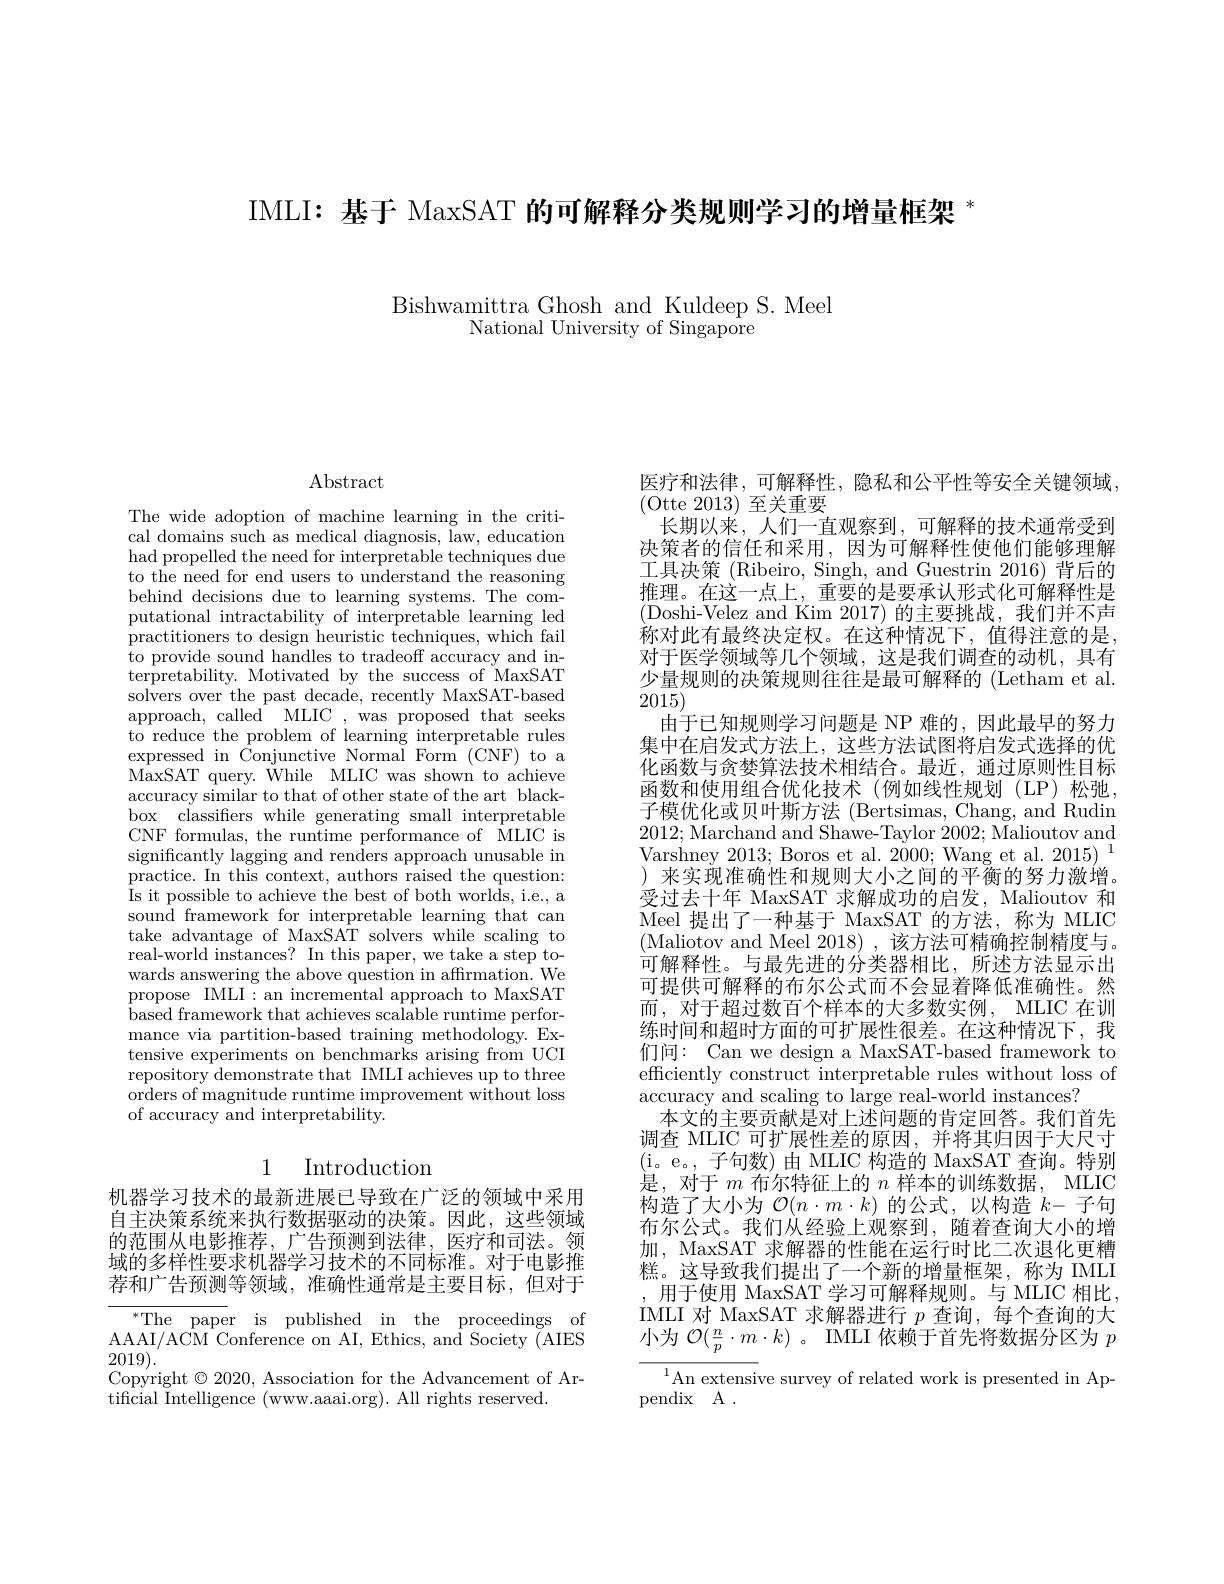
IMLI: 基于 MaxSAT 的可解释分类规则学习的增量框架$^{*}$

Bishwamittra Ghosh and Kuldeep S. Meel
National University of Singapore

## $\operatorname{Abstract}$

The wide adoption of machine learning in the critical domains such as medical diagnosis, law, education had propelled the need for interpretable techniques due to the need for end users to understand the reasoning behind decisions due to learning systems. The computational intractability of interpretable learning led practitioners to design heuristic techniques, which fail to provide sound handles to tradeoff accuracy and interpretability. Motivated by the success of MaxSAT solvers over the past decade, recently MaxSAT-based approach, called MLIC , was proposed that seeks to reduce the problem of learning interpretable rules expressed in Conjunctive Normal Form (CNF) to a MaxSAT query. While MLIC was shown to achieve $\hat{\text{accuracy similar to that of other state of the art black-}}$ box classifiers while generating small interpretable CNF formulas, the runtime performance of MLIC is significantly lagging and renders approach unusable in practice. In this context, authors raised the question: Is it possible to achieve the best of both worlds, i.e., a sound framework for interpretable learning that can take advantage of MaxSAT solvers while scaling to real-world instances? In this paper, we take a step towards answering the above question in affrmation. We propose IMLI:an incremental approach to MaxSAT $\bar{\text{based framework that achieves scalable runtime perfor-}}$ mance via partition-based training methodology. Extensive experiments on benchmarks arising from UCI repository demonstrate that IMLI achieves up to three orders of magnitude runtime improvement without loss of accuracy and interpretability.

## 1 Introduction

机器学习技术的最新进展已导致在广泛的领域中采用自主决策系统来执行数据驱动的决策。因此，这些领域的范围从电影推荐，广告预测到法律，医疗和司法。领域的多样性要求机器学习技术的不同标准。对于电影推荐和广告预测等领域，准确性通常是主要目标，但对于

${}^{* }{\mathrm{The}}$ ${\mathrm{paper}}$ ${\mathrm{is}}$ ${\mathrm{published}}$ ${\mathrm{in}}$ ${\mathrm{the}}$ ${\mathrm{proceedings}}$ ${\mathrm{of}}$ AAAI/ACM Conference on AI, Ethics, and Society (AIES 2019).
Copyright $\odot2020$, Association for the Advancement of Ar-
tificial Intelligence (www.aaai.org). All rights reserved.

医疗和法律，可解释性，隐私和公平性等安全关键领域，
(Otte 2013)至关重要
长期以来，人们一直观察到，可解释的技术通常受到决策者的信任和采用，因为可解释性使他们能够理解工具决策 (Ribeiro, Singh, and Guestrin 2016) 背后的推理。在这一点上，重要的是要承认形式化可解释性是(Doshi-Velez and Kim 2017)的主要挑战，我们并不声称对此有最终决定权。在这种情况下，值得注意的是对于医学领域等几个领域，这是我们调查的动机，具有少量规则的决策规则往往是最可解释的 (Letham et al. 2015)
由于已知规则学习问题是 NP 难的，因此最早的努力集中在启发式方法上，这些方法试图将启发式选择的优化函数与贪婪算法技术相结合。最近，通过原则性目标函数和使用组合优化技术(例如线性规划(LP)松弛， 子模优化或贝叶斯方法 (Bertsimas, Chang, and Rudin 2012;Marchand and Shawe-Taylor 2002; Malioutov and Varshney 2013; Boros et al. 2000; Wang et al. 2015)$^{1}$ ) 来实现准确性和规则大小之间的平衡的努力激增。受过去十年 MaxSAT 求解成功的启发，Malioutov 和Meel 提出了一种基于 MaxSAT 的方法，称为 MLIC (Maliotov and Meel 2018),该方法可精确控制精度与。可解释性。与最先进的分类器相比，所述方法显示出可提供可解释的布尔公式而不会显着降低准确性。然而，对于超过数百个样本的大多数实例，MLIC 在训练时间和超时方面的可扩展性很差。在这种情况下，我们间：Can we design a MaxSAT-based framework to efficiently construct interpretable rules without loss of accuracy and scaling to large real-world instances?
本文的主要贡献是对上述问题的肯定回答。我们首先调查 MLIC 可扩展性差的原因，并将其归因于大尺寸(i。e。,子句数)由 MLIC 构造的 MaxSAT 查询。特别是，对于$m$布尔特征上的$n$样本的训练数据，MLIC 构造了大小为$\mathcal{O}(n\cdot m\cdot k)$的公式，以构造$k-$子句布尔公式。我们从经验上观察到，随着查询大小的增加，MaxSAT 求解器的性能在运行时比二次退化更糟糕。这导致我们提出了一个新的增量框架，称为 IMLI 用于使用 MaxSAT 学习可解释规则。与 MLIC 相比IMLI 对 MaxSAT 求解器进行$p$查询，每个查询的大小为$\mathcal{O}(\frac np\cdot m\cdot k)$。IMLI 依赖于首先将数据分区为$p$
$^{1}$An extensive survey of related work is presented in Ap-
pendix A .